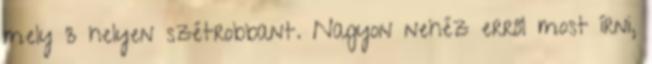
mely 3 helyen szétrobbant. Nagyon nehéz erről most írni,